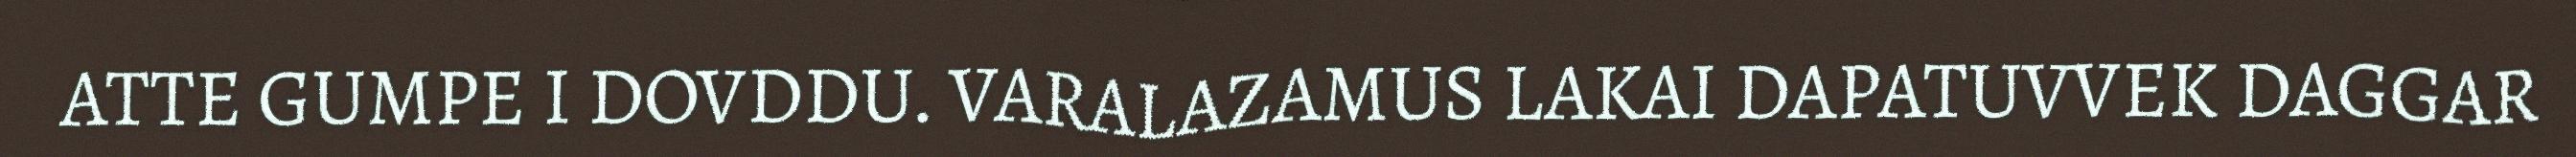
ATTE GUMPE I DOVDDU. VARALAZAMUS LAKAI DAPATUVVEK DAGGAR